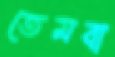
তেমবা